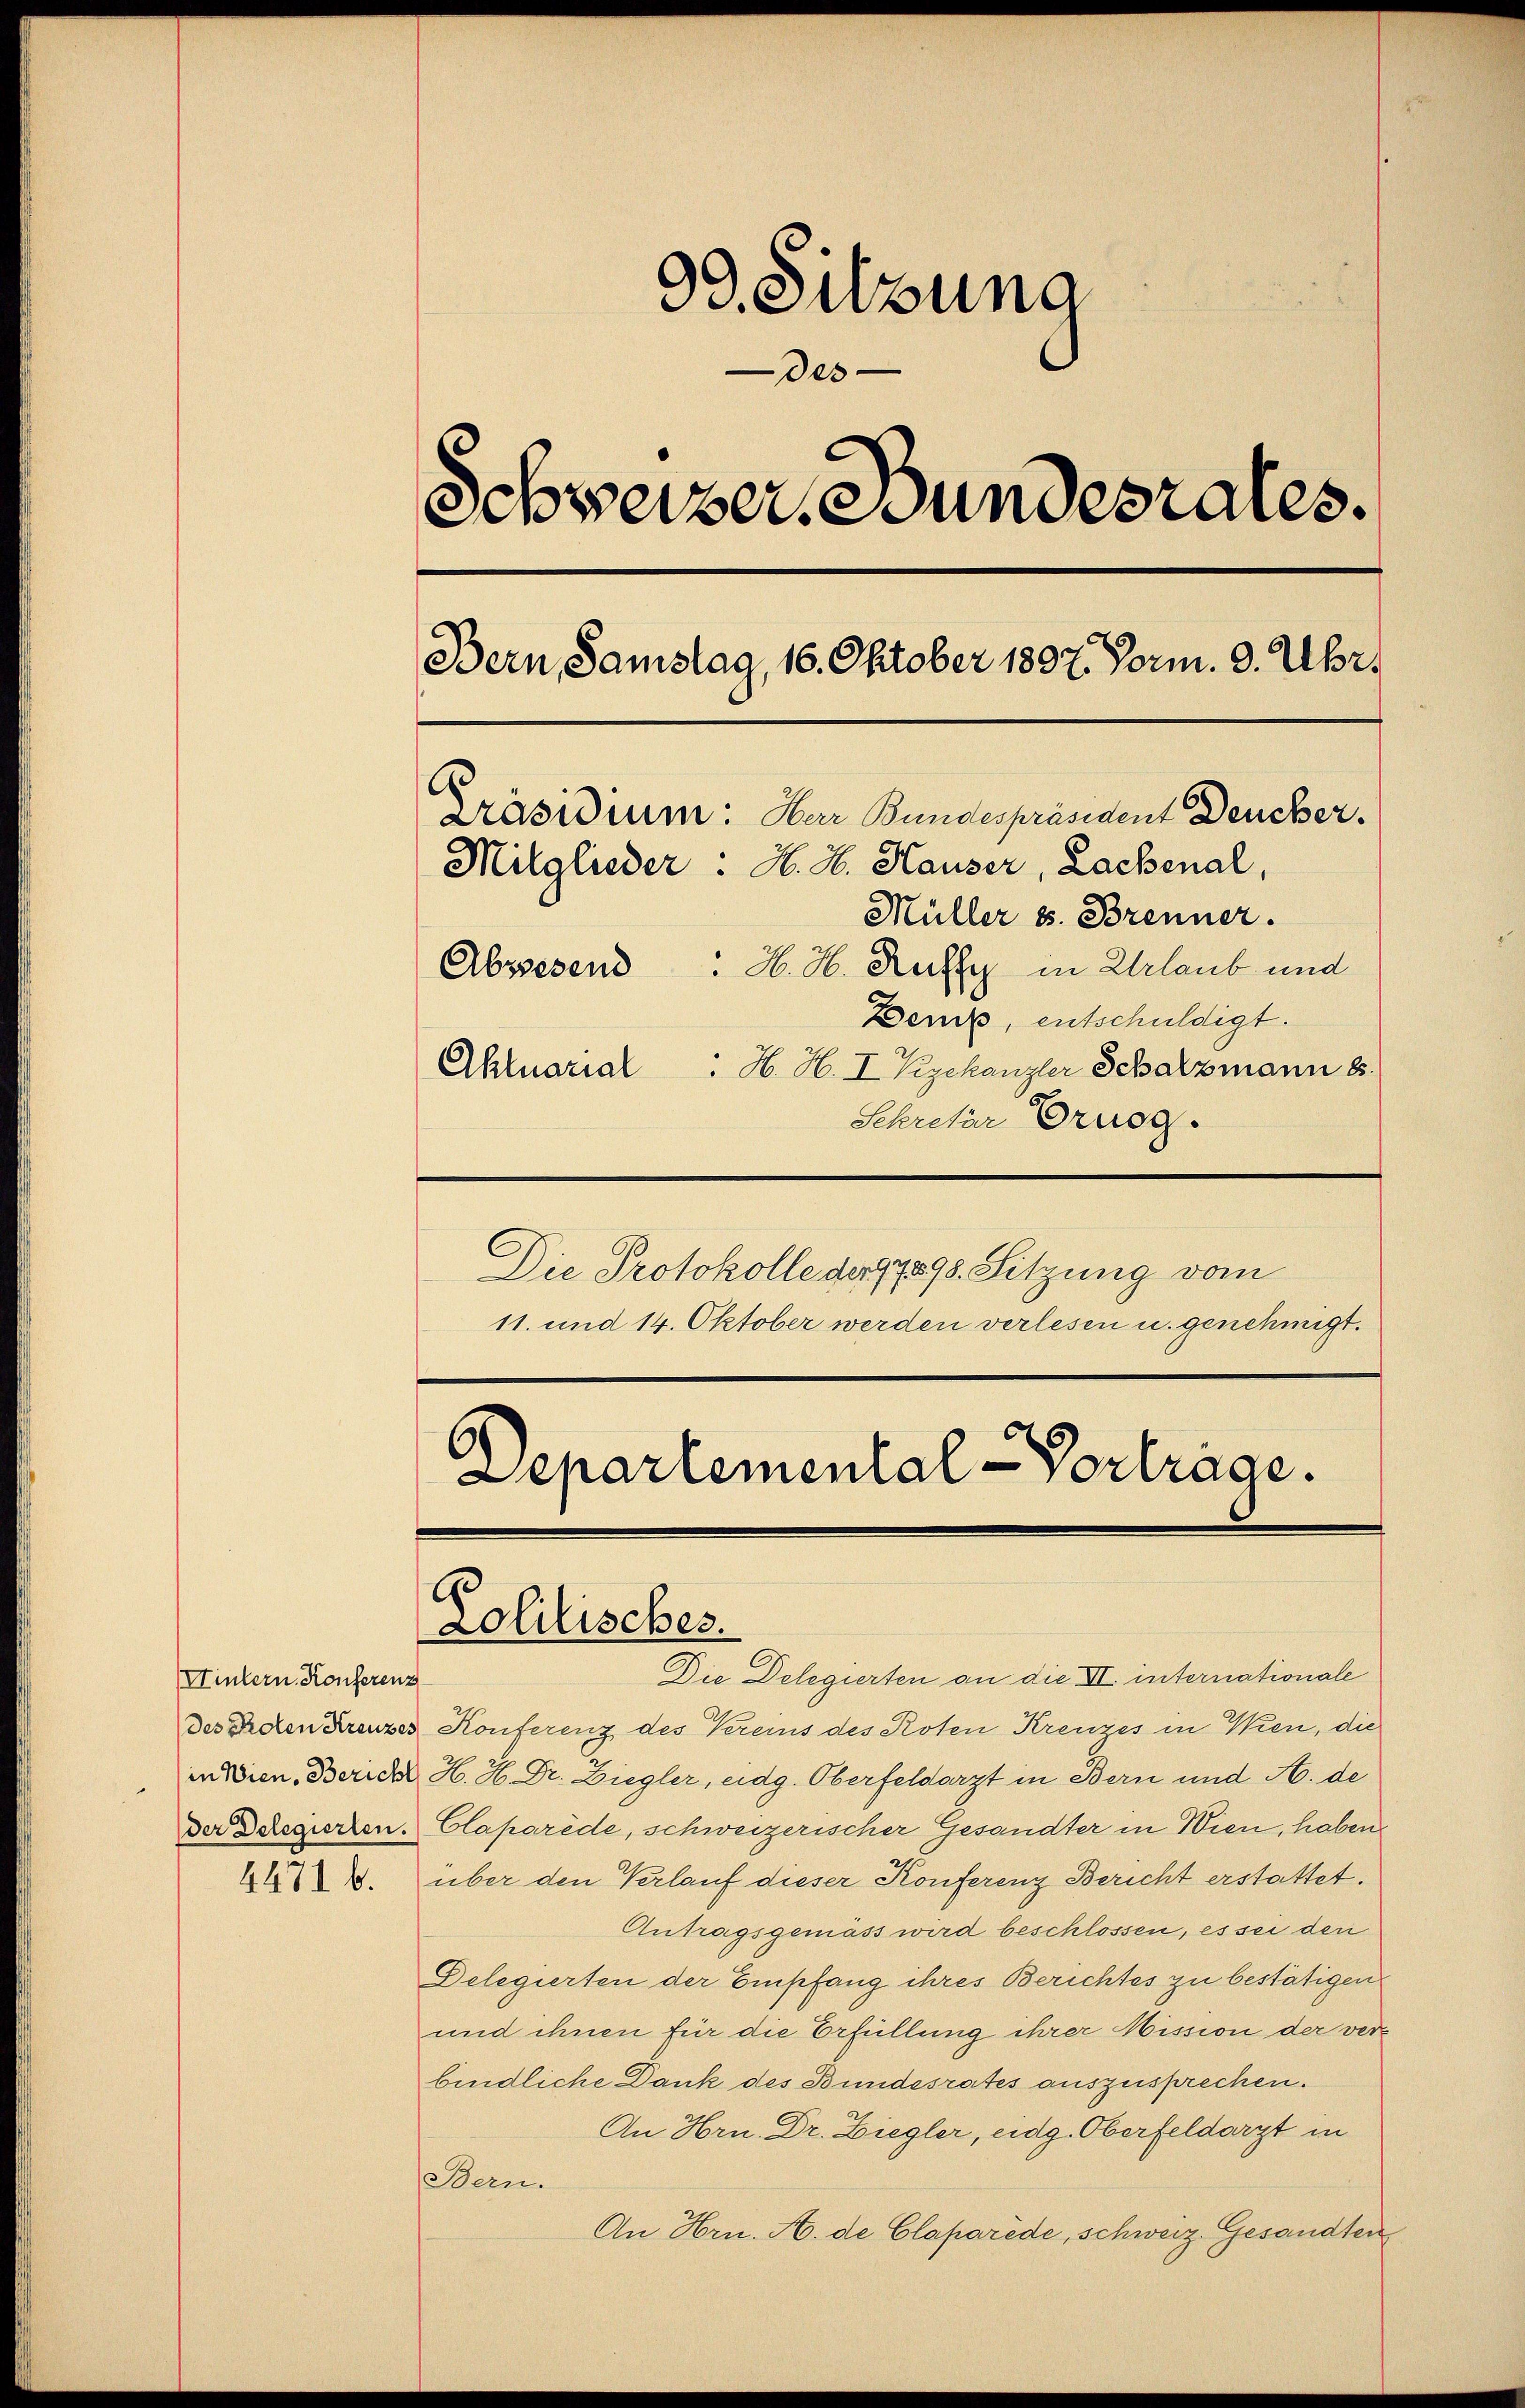
99. Sitzung
des
Schweizer Bundesrates.
Bern, Samstag, 16. Oktober 1897. Vorm. 9. Uhr,
E
Präsidium: Har Bundespräsident Deucher.
Mitglieder. H. H. Hauser, Lachenal,
Müller s. Brenner.
Abssesend: H. H. Rutty in Urlaub und
Benz, entschuldigt.
Aktuarial : H. H. I Kgekanzler Schatzmann 8.
Schretär Ornog.

Die Protokolle der 17898. Sitzung vom
11. und 14. Oktober werden verlesen u. genehmigt.

Departemental-Vortrage.
Lolilisches.

Die Delegierten an die II. internationale
des Peten Kreuzer Konferenz des Vereins des Roten Kreuzes in Wien, die
in Wien. Zürich H. H. Dr. Ziegler, eidg. Oberfeldarzt in Bern und A. de
der Delegierten. Claparède, schweizerischer Gesandter in Wien, haben
über den Verlauf dieser Konferenz Bericht erstattet.
Antragsgemäss wird beschlossen, es sei den
Delegierten der Empfang ihres Berichtes zu bestätigen.
und ihnen für die Erfüllung ihrer Mission der verbindliche Dank des Bundesrates auszusprechen.
An Hrn. Dr. Ziegler, eidg. Oberfeldarzt in
Bern.
An Hrn. A. de Claparède, schweiz. Gesandten

Hintern Konferenz

4471 b.